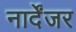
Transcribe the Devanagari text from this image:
नार्देंजर